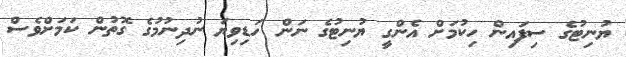
ޔުނިޓުގެ ސިފައިން ހިކުމަށް އެންގީ ޔުނިޓުގެ ނަން ހަޑިވިޔަ ނުދިނުމުގެ ގޮތުން ކަމަށްވެސް